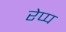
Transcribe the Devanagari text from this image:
रेप्प